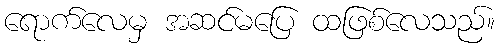
ရောက်လေမှ အဆင်မပြေ ထဖြစ်လေသည်။